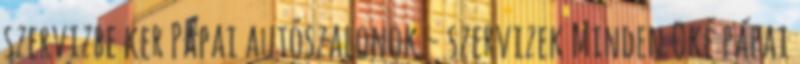
szervizbe ker Pápai autószalonok - szervizek Minden Oké pápai